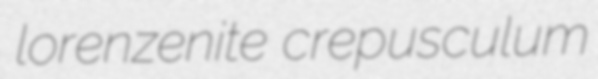
lorenzenite crepusculum